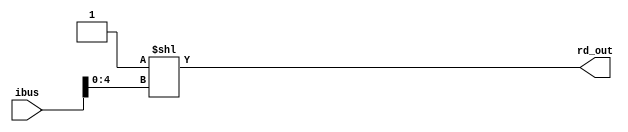
`timescale 1ns / 1ps
//////////////////////////////////////////////////////////////////////////////////
// Aryan Mehrotra
// 
// Module Name: rd_decoder 
// Description: Pulls out Rd/Rt values from r_type, i_type and d_type, cb_type and iw_type formats
// Project Name: Final Project
//////////////////////////////////////////////////////////////////////////////////


module rd_decoder(ibus, rd_out);
    input[31:0] ibus;
    output[31:0] rd_out;
    
    wire[4:0] rd_val = ibus[4:0];
    integer rd_int;
    
    always@(rd_val) begin
        rd_int = rd_val;
    end
        
    assign rd_out = 32'b1 << rd_int;  
endmodule